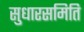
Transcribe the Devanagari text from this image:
सुधारसमिति